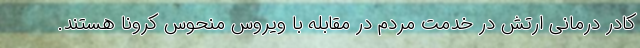
کادر درمانی ارتش در خدمت مردم در مقابله با ویروس منحوس کرونا هستند.